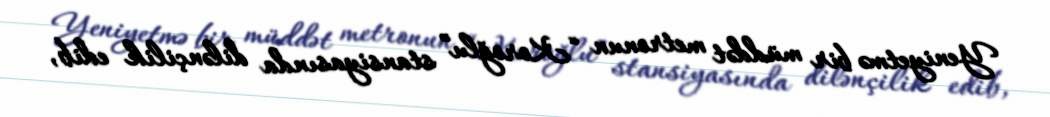
Yeniyetmə bir müddət metronun “Koroğlu” stansiyasında dilənçilik edib,